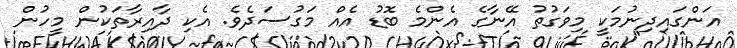
އަންގައިދިނުމަކީ މިވަގުތު އޭނާގެ އެންމެ ބޮޑު އެއް މަގުސަދެވެ. އެކި ދާއިރާތަކުން މީހުން